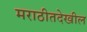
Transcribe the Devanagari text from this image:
मराठीतदेखील